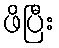
ဖိပြီး